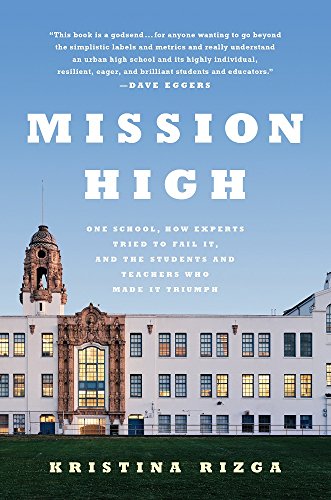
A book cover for Mission High: One School, How Experts Tried to Fail It, and the Students and Teachers Who Made It Triumph; Kristina Rizga; Parenting & Relationships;